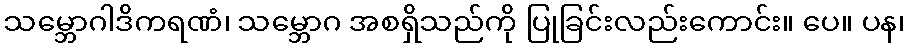
သမ္ဘောဂါဒိကရဏံ၊ သမ္ဘောဂ အစရှိသည်ကို ပြုခြင်းလည်းကောင်း။ ပေ။ ပန၊